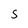
Character: S